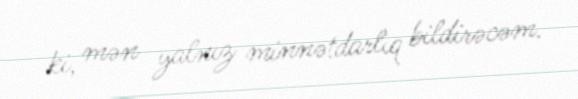
ki, mən yalnız minnətdarlıq bildirəcəm.